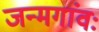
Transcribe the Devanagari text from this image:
जन्मगांवः